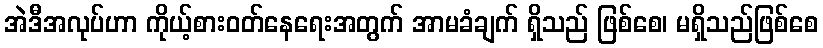
အဲဒီအလုပ်ဟာ ကိုယ့်စားဝတ်နေရေးအတွက် အာမခံချက် ရှိသည် ဖြစ်စေ၊ မရှိသည်ဖြစ်စေ